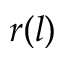
r ( l )